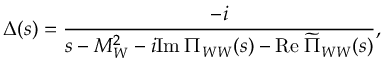
\Delta ( s ) = { \frac { - i } { s - M _ { W } ^ { 2 } - i \mathrm { I m } \: \Pi _ { W W } ( s ) - \mathrm { R e } \: \widetilde \Pi _ { W W } ( s ) } } ,